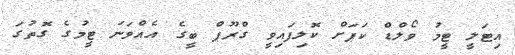
އިޓަލީ ޓީމު ވޯލްޑް ކަޕަށް ކޮލިފައިވީ ގްރޫޕް ބީގެ އެއްވަނަ ޓީމުގެ ގޮތުގަ